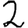
Digit: 2